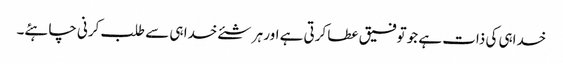
خداہی کی ذات ہے جو توفیق عطا کرتی ہے اور ہر شئے خدا ہی سے طلب کرنی چاہئے۔